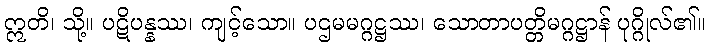
ဣတိ၊ သို့။ ပဋိပန္နဿ၊ ကျင့်သော။ ပဌမမဂ္ဂဋ္ဌဿ၊ သောတာပတ္တိမဂ္ဂဋ္ဌာန် ပုဂ္ဂိုလ်၏။